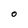
Character: O